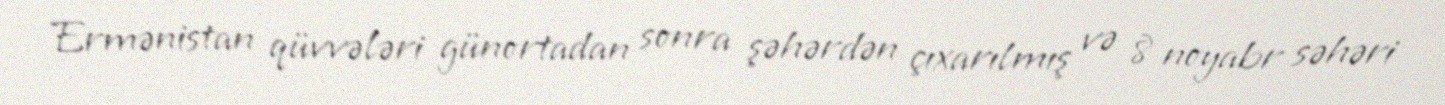
Ermənistan qüvvələri günortadan sonra şəhərdən çıxarılmış və 8 noyabr səhəri